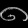
Digit: ၈